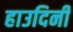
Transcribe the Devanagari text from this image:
हाउदिनी